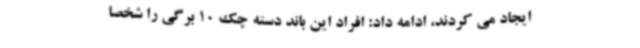
ایجاد می کردند، ادامه داد: افراد این باند دسته چک 10 برگی را شخصا